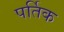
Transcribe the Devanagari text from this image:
पर्तिक